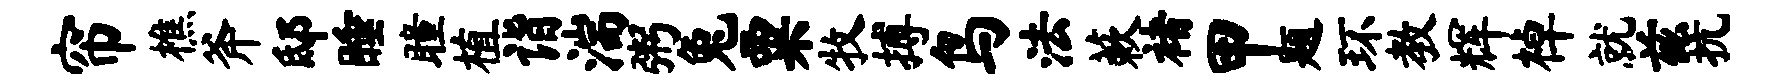
帘樵斧邸睡瞳植诣湍粥兔粟牧搏鸟法蔌褚甲题环教辉棹就兹抗